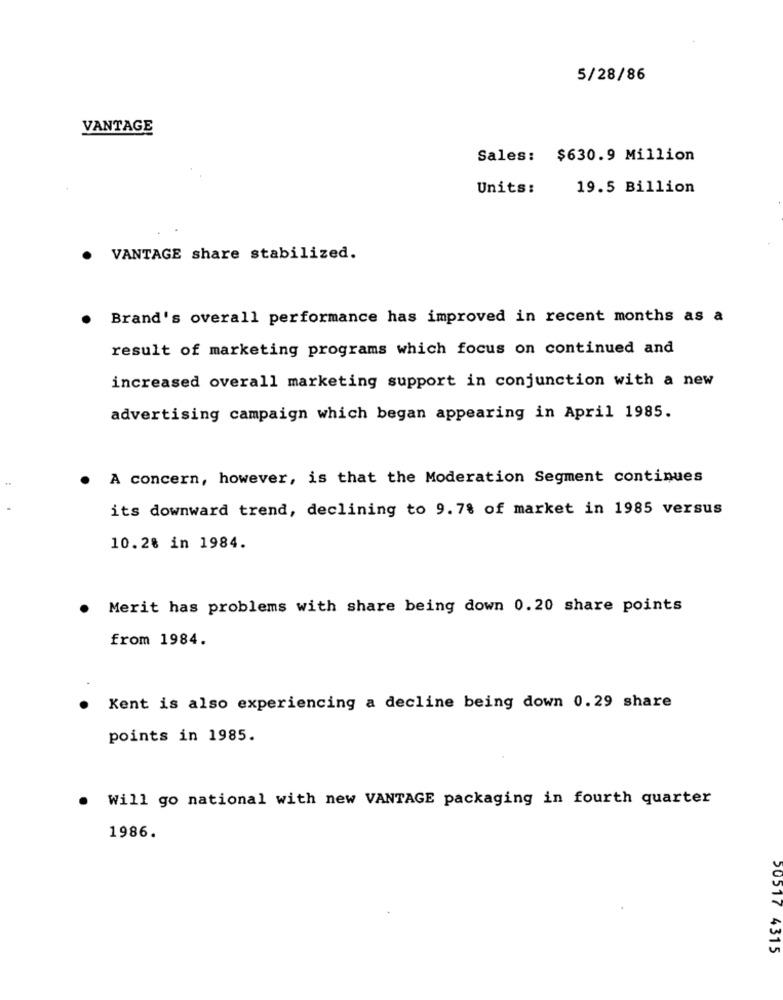
5/28/86
VANTAGE
Sales: $630.9 Million
Units:
19.5 Billion
VANTAGE share stabilized.
Brand's overall performance has improved in recent months as a
result of marketing programs which focus on continued and
increased overall marketing support in conjunction with a new
advertising campaign which began appearing in April 1985.
A concern, however, is that the Moderation Segment continues
its downward trend, declining to 9.7% of market in 1985 versus
10.28 in 1984.
Merit has problems with share being down 0.20 share points
from 1984.
Kent is also experiencing a decline being down 0.29 share
points in 1985.
Will go national with new VANTAGE packaging in fourth quarter
1986.
50517 4315